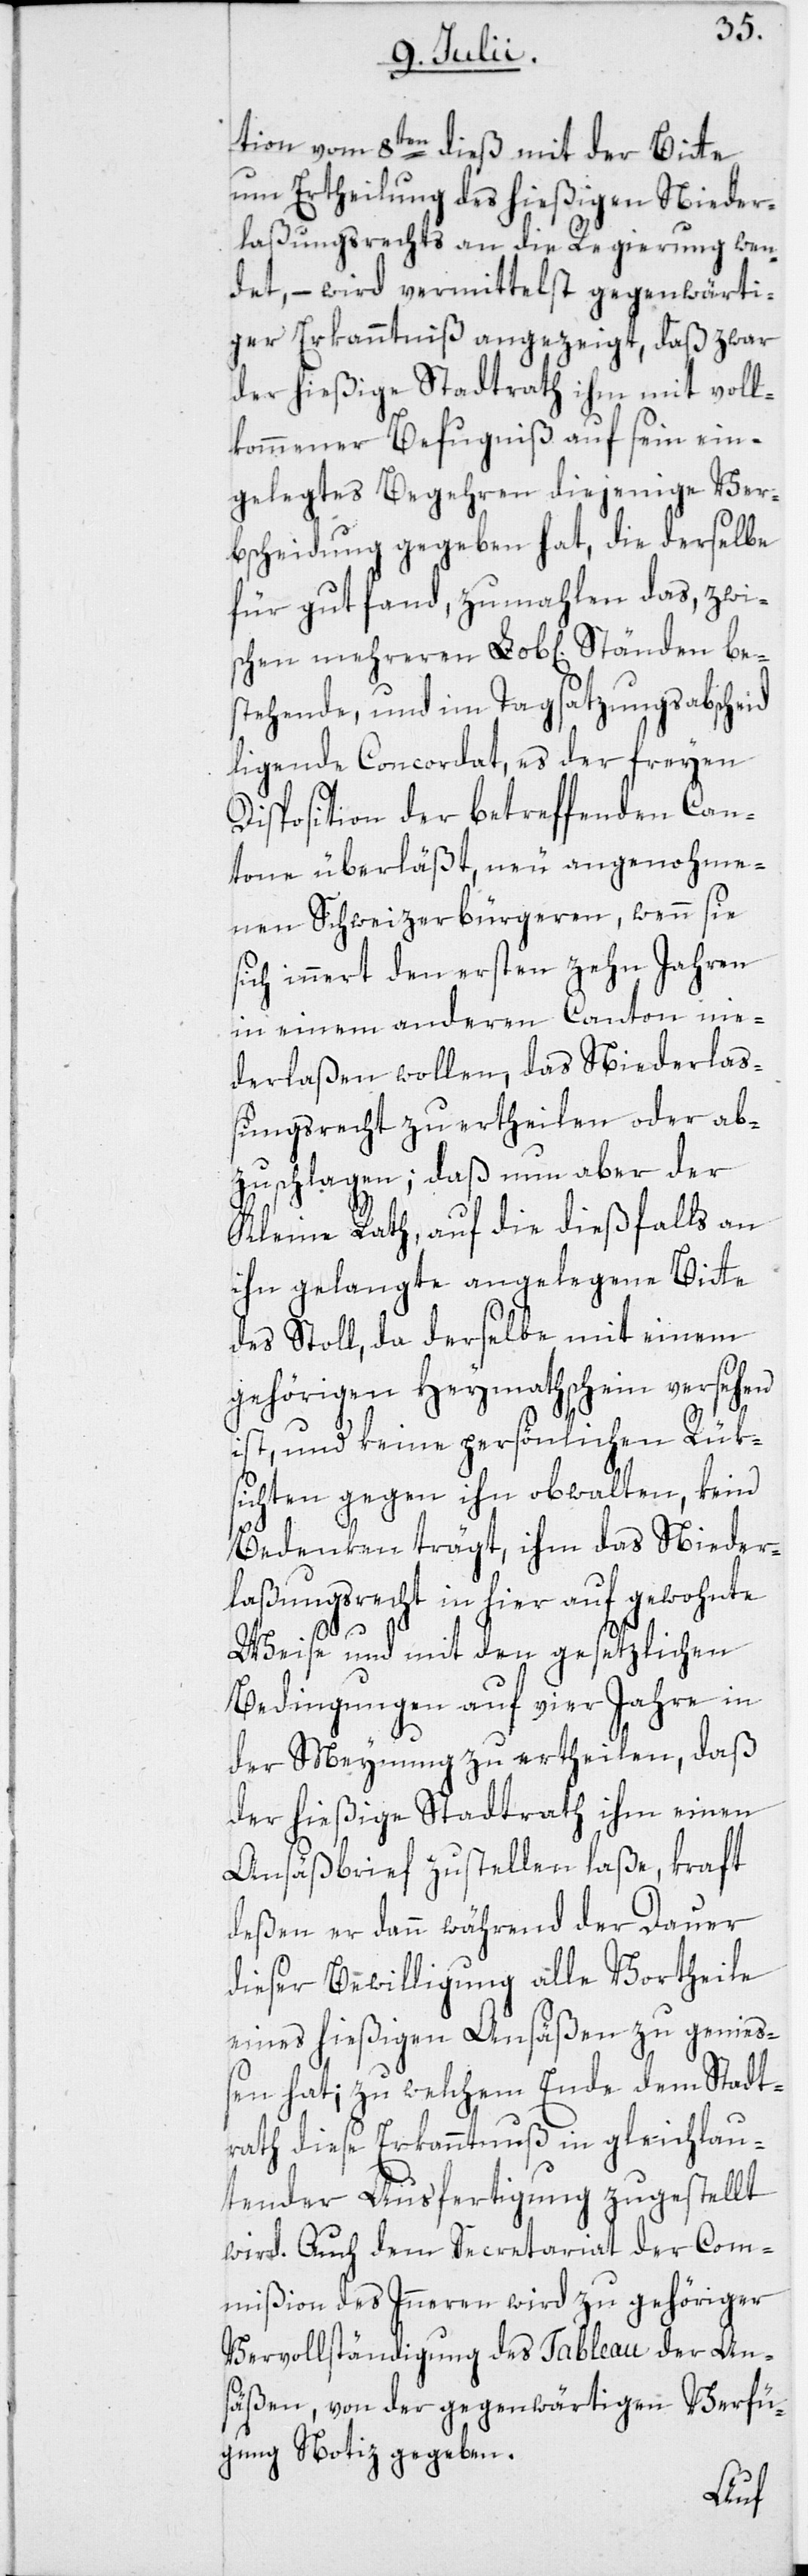
tion vom 8ten dieß mit der Bitte
um Ertheilung des hießigen Nieder¬
laßungsrechts an die Regierung wen¬
det, – wird vermittelst gegenwärti¬
ger Erkanntniß angezeigt, daß zwar
der hießige Stadtrath ihm mit voll¬
kommener Befugniß auf sein ein¬
gelegtes Begehren diejenige Ver¬
bscheidung gegeben hat, die derselbe
für gut fand, zumahlen das, zwi¬
schen mehreren Lob[lichen] Ständen be¬
stehende, und im Tagsatzungsabscheid
ligende Concordat, es der freyen
Disposition der betreffenden Can¬
tone überläßt, neu angenohme¬
nen Schweizerbürgeren, wenn sie
sich innert den ersten zehn Jahren
in einem anderen Canton nie¬
derlaßen wollen, das Niederlaß¬
ungsrecht zu ertheilen oder ab¬
zuschlagen; daß nun aber der
Kleine Rath, auf die dießfalls an
ihn gelangte angelegene Bitte
des Stoll, da derselbe mit einem
gehörigen Heymathschein versehen
ist, und keine persönlichen Rüks¬
ichten gegen ihn obwalten, kein
Bedenken trägt, ihm das Nieder¬
laßungsrecht in hier auf gewohnte
Weise und mit den gesetzlichen
Bedingungen auf vier Jahre in
der Meynung zu ertheilen, daß
der hießige Stadtrath ihm einen
Ansäßbrief zustellen laße, kraft
deßen er dann während der Dauer
dieser Bewilligung alle Vortheile
eines hießigen Ansäßen zu genieß¬
en hat; zu welchem Ende dem Stadt¬
rath diese Erkanntnuß in gleichlau¬
tender Ausfertigung zugestellt
wird. Auch dem Secretariat der Com¬
mißion des Inneren wird zu gehöriger
Vervollständigung des Tableau der An¬
säßen, von der gegenwärtigen Verfü¬
gung Notiz gegeben.